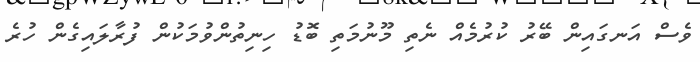
ވެސް އަނގައިން ބޭރު ކުރުމެއް ނެތި މޫނުމަތި ބޮޑު ހިނިތުންވުމަކުން ފުރާލައިގެން ހުރެ